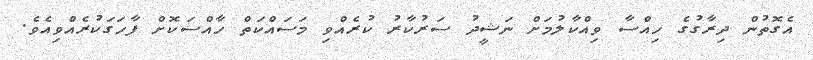
އެގޮތުން ދިރާގުގެ ހިއްސާ ވިއްކާލުމަށް ނަޝީދު ސަރުކާރު ކުރެއްވި މަސައްކަތް ހާއްސަކޮށް ފާހަގަކުރެއްވިއެވެ.